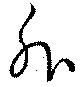
外